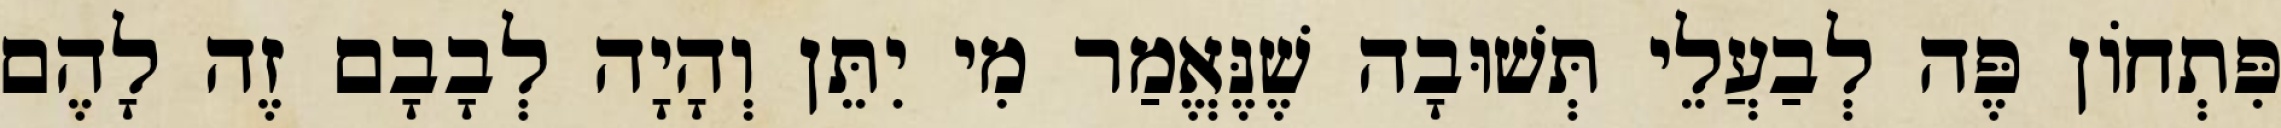
פִּתְחוֹן פֶּה לְבַעֲלֵי תְּשׁוּבָה שֶׁנֶּאֱמַר מִי יִתֵּן וְהָיָה לְבָבָם זֶה לָהֶם